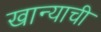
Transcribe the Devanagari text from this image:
खान्याची